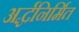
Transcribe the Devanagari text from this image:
अर्द्धनिर्मित